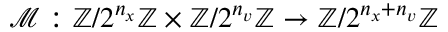
\mathcal { M } : \mathbb { Z } / 2 ^ { n _ { x } } \mathbb { Z } \times \mathbb { Z } / 2 ^ { n _ { v } } \mathbb { Z } \rightarrow \mathbb { Z } / 2 ^ { n _ { x } + n _ { v } } \mathbb { Z }